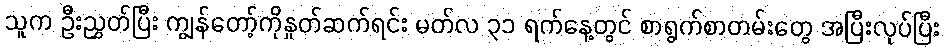
သူက ဦးညွှတ်ပြီး ကျွန်တော့်ကိုနှုတ်ဆက်ရင်း မတ်လ ၃၁ ရက်နေ့တွင် စာရွက်စာတမ်းတွေ အပြီးလုပ်ပြီး